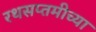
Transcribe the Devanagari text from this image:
रथसप्तमीच्या